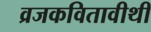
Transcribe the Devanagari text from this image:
व्रजकवितावीथी